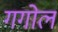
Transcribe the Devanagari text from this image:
गगोल